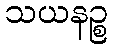
သယနဉ္စ